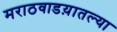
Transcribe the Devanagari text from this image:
मराठवाडय़ातल्या